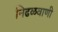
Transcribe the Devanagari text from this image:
निढळवाणी